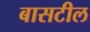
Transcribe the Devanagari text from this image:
बासटील